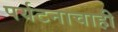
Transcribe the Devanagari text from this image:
पर्यटनाचाही